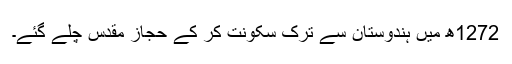
1272ھ میں ہندوستان سے ترک سکونت کر کے حجاز مقدس چلے گئے۔